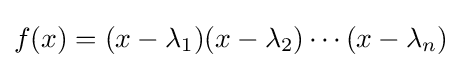
{\textstyle f(x)=(x-\lambda _{1})(x-\lambda _{2})\cdots (x-\lambda _{n})}